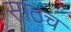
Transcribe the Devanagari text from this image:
साठच